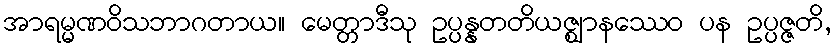
အာရမ္မဏဝိသဘာဂတာယ။ မေတ္တာဒီသု ဥပ္ပန္နတတိယဇ္ဈာနဿေဝ ပန ဥပ္ပဇ္ဇတိ,